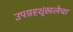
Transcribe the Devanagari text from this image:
उपग्रहशृंखलेचा